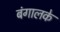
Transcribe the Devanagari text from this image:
बंगालके